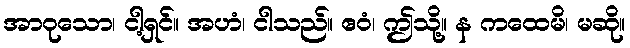
အာဝုသော၊ ငါ့ရှင်။ အဟံ၊ ငါသည်။ ဧဝံ၊ ဤသို့။ န ကထေမိ၊ မဆို။